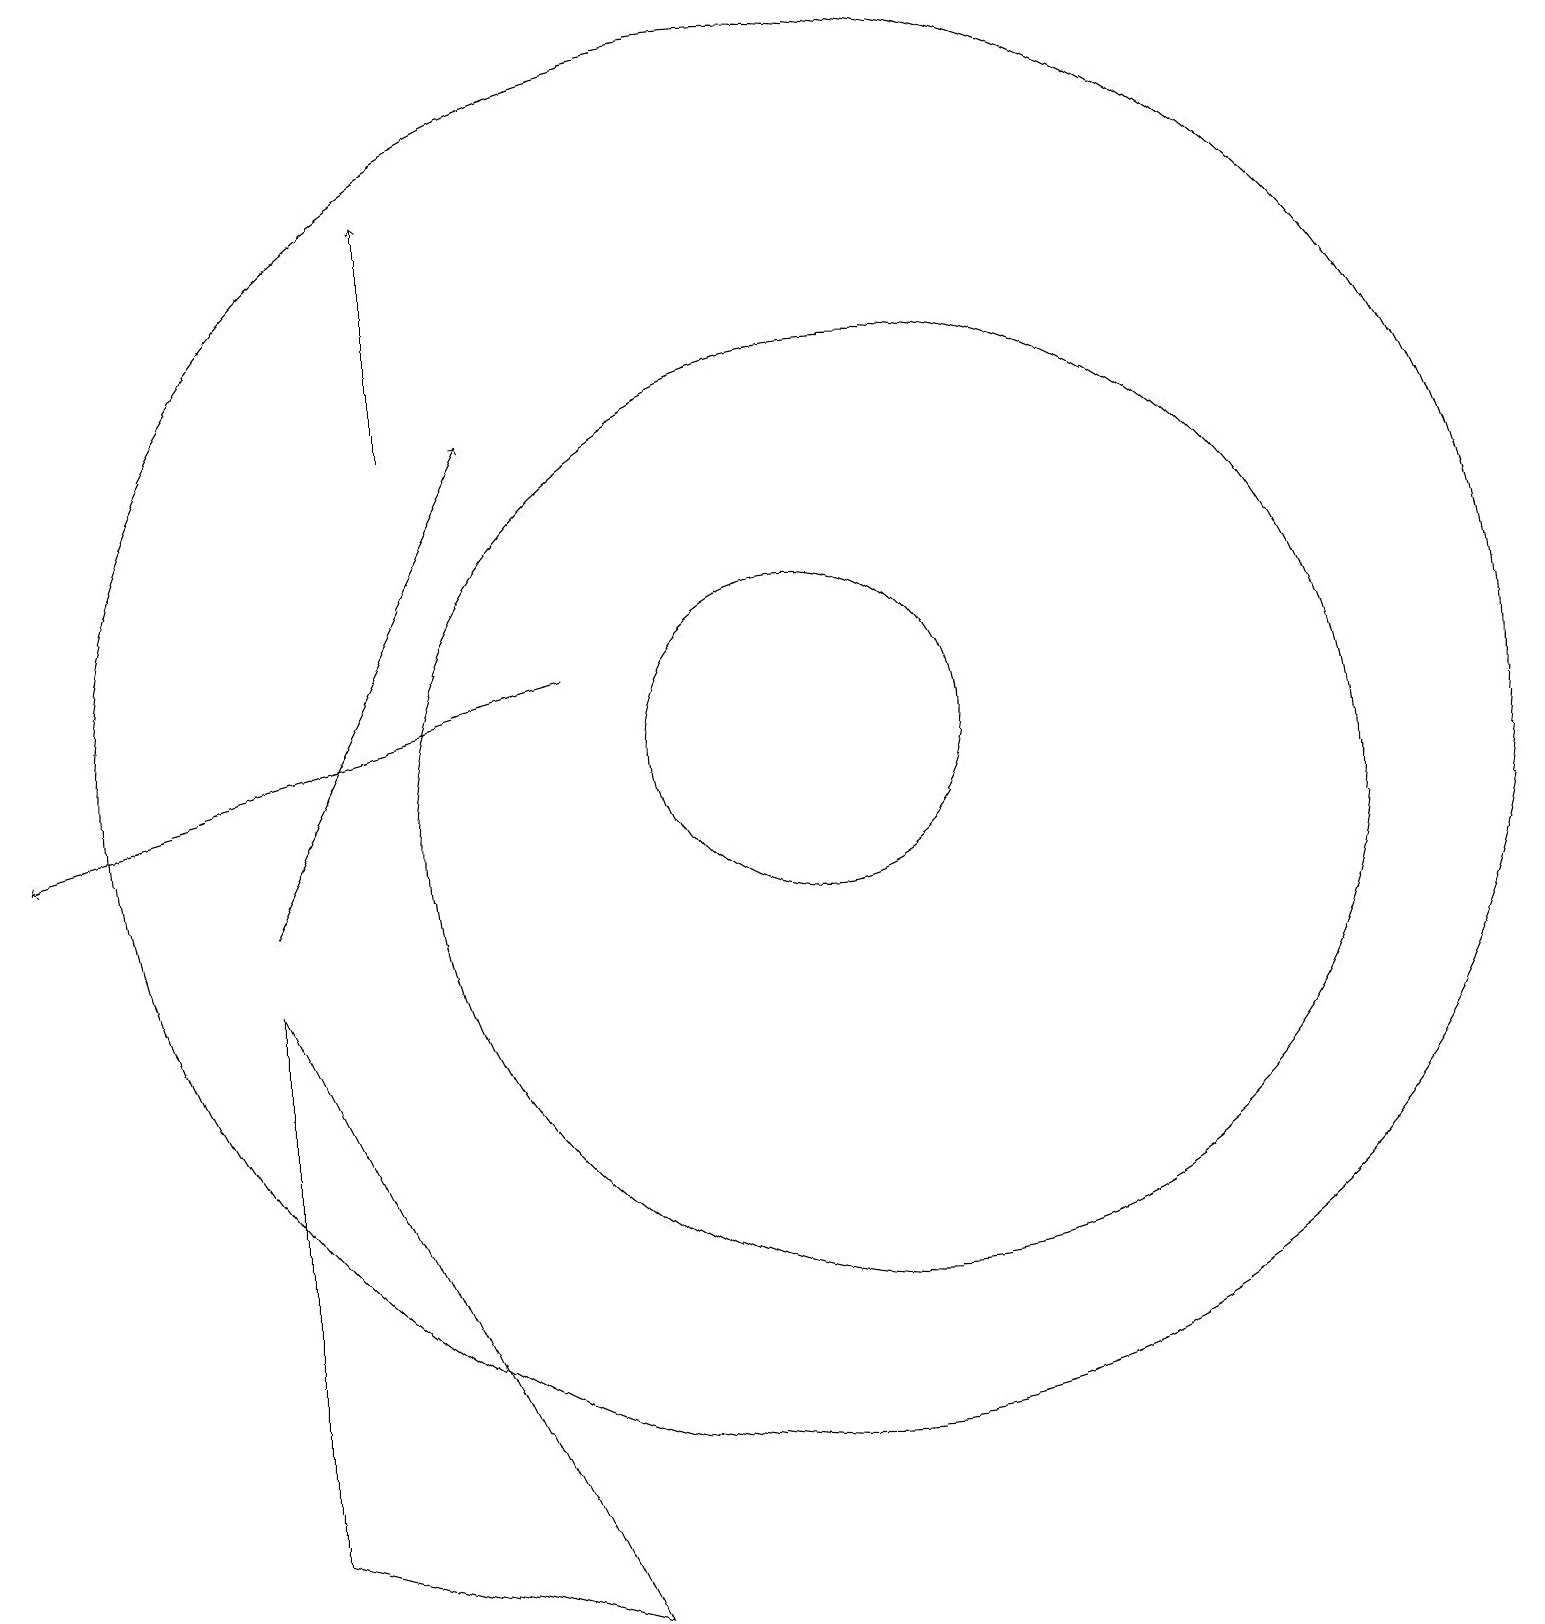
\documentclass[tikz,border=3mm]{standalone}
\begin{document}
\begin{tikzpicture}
\draw (11,11) circle (6);
\draw (10,12) circle (2);
\draw[->] (7,13) -- (0,11);
\draw (10,12) circle (9);
\draw[->] (3,10) -- (6,16);
\draw[->] (5,16) -- (5,19);
\draw (3,2) -- (7,1) -- (3,9) -- cycle;
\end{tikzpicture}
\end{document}